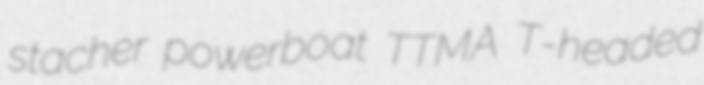
stacher powerboat TTMA T-headed